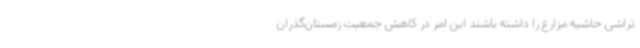
‌تراشی حاشیه مزارع را داشته باشند این امر در کاهش جمعیت زمستان‌گذران